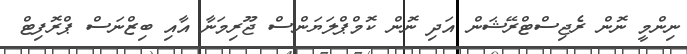
ނިންމީ ނޮން ރެޖިސްޓްރޭޝަން އަދި ނޮން ކޮމްޕްލަޔަންސް ޖޫރިމަނާ އާއި ބިޒްނަސް ޕްރޮފިޓް